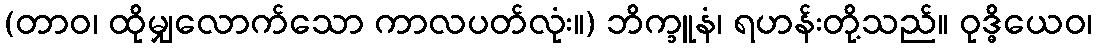
(တာဝ၊ ထိုမျှလောက်သော ကာလပတ်လုံး။) ဘိက္ခူနံ၊ ရဟန်းတို့သည်။ ဝုဒ္ဓိယေဝ၊